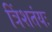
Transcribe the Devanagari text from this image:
त्रिंशतंयः